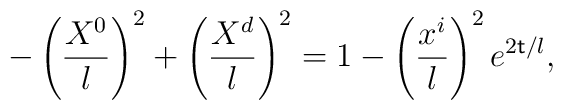
-\left({\frac{X^0}{l}}\right)^2 +\left({\frac{X^{d}}{l}}\right)^2 = 1-\left(\frac{x^i}{l}\right)^2 e^{2{\sf t}/l},